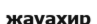
жауахир